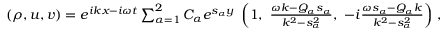
\begin{array} { r } { ( \rho , u , v ) = e ^ { i k x - i \omega t } \sum _ { \alpha = 1 } ^ { 2 } C _ { \alpha } e ^ { s _ { \alpha } y } \; \left( 1 , \, \, \frac { \omega k - Q _ { \alpha } s _ { \alpha } } { k ^ { 2 } - s _ { \alpha } ^ { 2 } } , \, \, - i \frac { \omega s _ { \alpha } - Q _ { \alpha } k } { k ^ { 2 } - s _ { \alpha } ^ { 2 } } \right) \, , } \end{array}